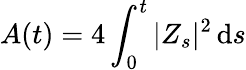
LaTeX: A(t)=4\int_{0}^{t}|Z_{s}|^{2}\, \mathrm{d}s